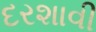
દરશાવી